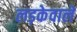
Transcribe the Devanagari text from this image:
लड़केवाले